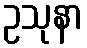
ဥသုနာ